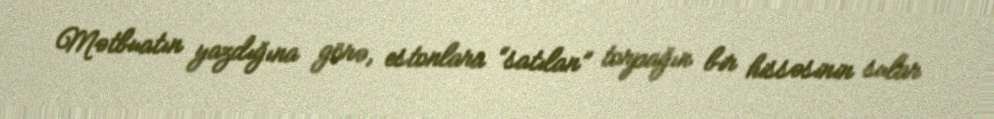
Mətbuatın yazdığına görə, estonlara “satılan” torpağın bir hissəsinin sular